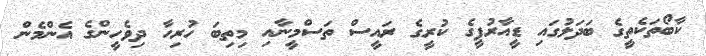
ކާބޯތަކެތީގެ ބަދަލުގައި ޑީއާރުޕީގެ ކުރީގެ ރައީސް ތަސްމީނާއި މިތިބަ ހުރިހާ ދިވެހީންގެ އެންމެން